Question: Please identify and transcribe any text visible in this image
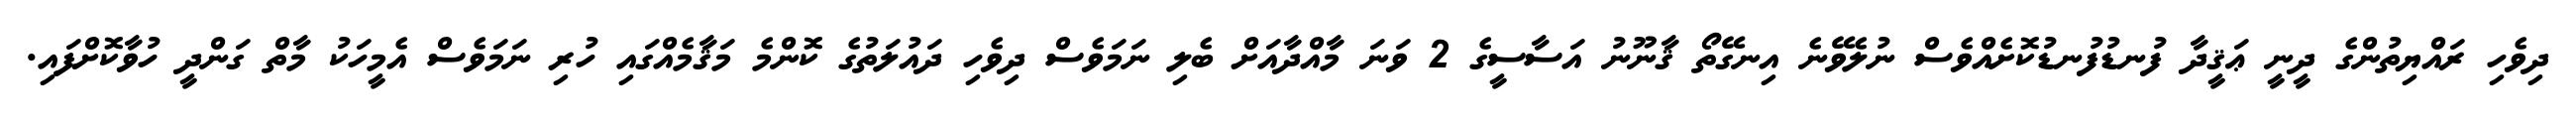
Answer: ދިވެހި ރައްޔިތުންގެ ދީނީ ޢަޤީދާ ފުނޑުފުނޑުކޮށެއްވެސް ނުލެވޭނެ އިނގޭތޯ ޤާނޫނު އަސާސީގެ 2 ވަނަ މާއްދާއަށް ބެލި ނަމަވެސް ދިވެހި ދައުލަތުގެ ކޮންމެ މަޤާމެއްގައި ހުރި ނަމަވެސް އެމީހަކު މާތް ގަންދީ ހުވާކޮށްފައި.